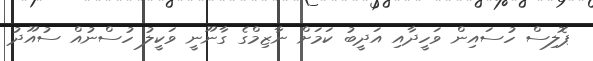
ޕޮލިސް ހުސައިން ވަހީދާއި އަދީބު ކަމަށް ނާޒިމްގެ ގާނޫނީ ވަކީލު ހުސްނުއް ސުއޫދު